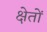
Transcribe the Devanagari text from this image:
क्षेतों